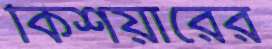
কিশয়ারের